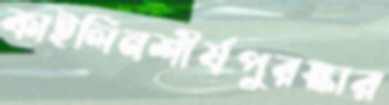
কাইলিনশীর্ষপুরস্কার